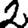
Digit: 2